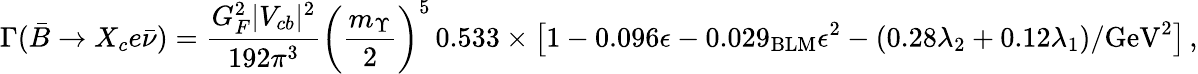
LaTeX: \Gamma(\bar{B}\to X_{c}e\bar{\nu})={\frac{G_{F}^{2}|V_{cb}|^{2}}{192\pi^{3}}}\bigg({\frac{m_{\Upsilon}}{2}}\bigg)^{5}\, 0.533\times\big[1-0.096\epsilon-0.029_{\mathrm{BLM}}\epsilon^{2}-(0.28\lambda_{2}+0.12\lambda_{1})/\mathrm{GeV}^{2}\big]\, ,